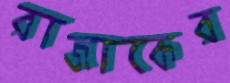
রাজাকের